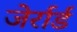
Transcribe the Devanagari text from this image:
जेर्रार्ड